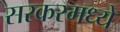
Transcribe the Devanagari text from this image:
सरकरमध्ये